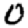
Digit: 0